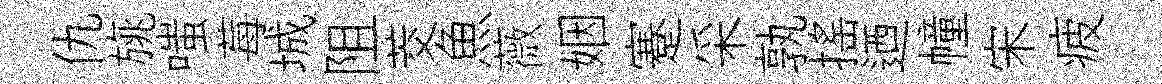
仇旐嗤莓城阻茭魚薇姻蹇采孰搖迺幢宋疲